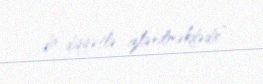
da diqqətlə izlənilməkdədir”.